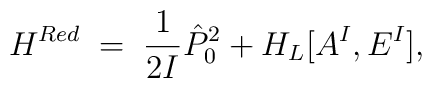
H^{Red} \;=\; \frac{1}{2I} {\hat P_0}^2 + H_L[A^I,E^I] ,